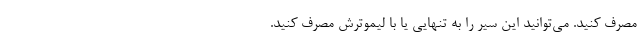
مصرف کنید. می‌توانید این سیر را به تنهایی یا با لیموترش مصرف کنید.